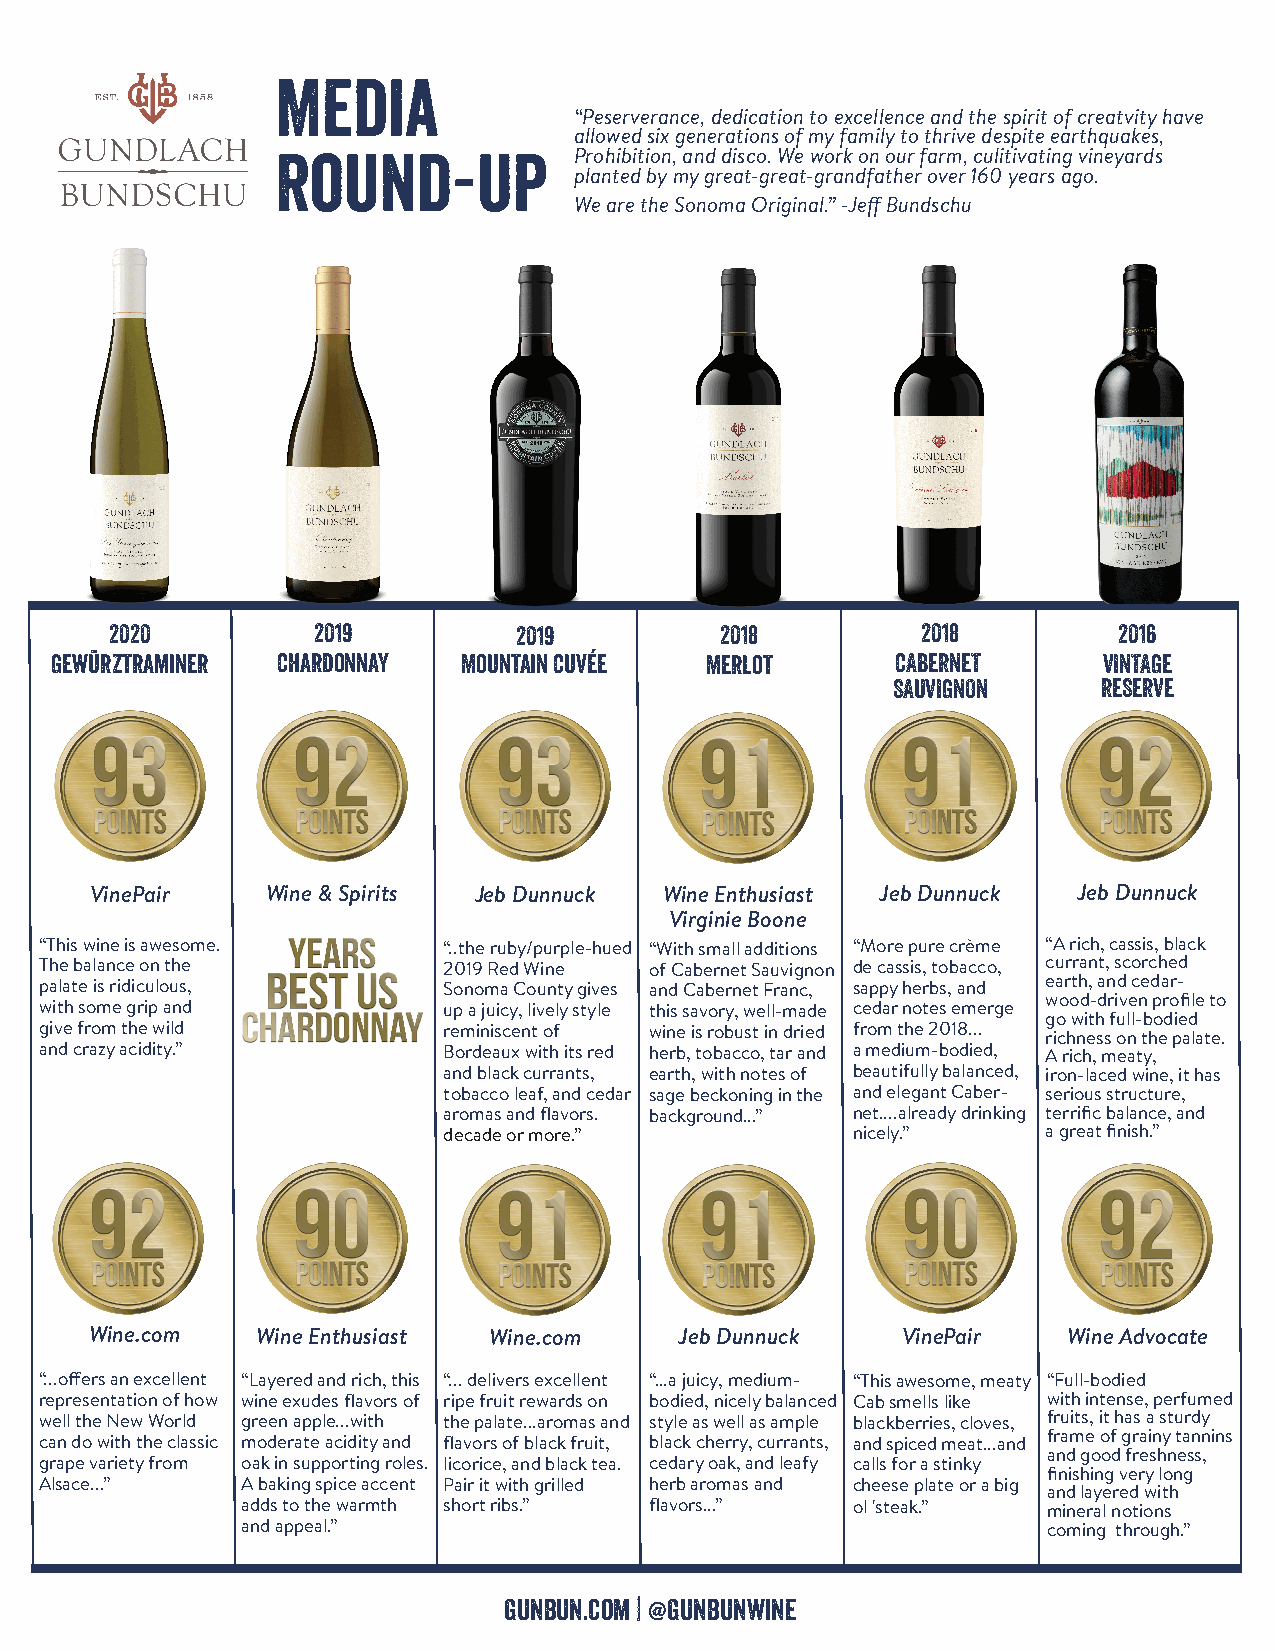
Media
 “Peserverance, dedication to excellence and the spirit of creatvity have
 allowed six generations of my family to thrive despite earthquakes,
 Round-up            Prohibition, and disco. We work on our farm, culitivating vineyards
 planted by my great-great-grandfather over 160 years ago.
 We are the Sonoma Original.” -Jeff Bundschu
 2020          2019         2019          2018         2018         2016
 Gewürztraminer Chardonnay   Mountain Cuvée  Merlot      CABERNET      VINTAGE
 SAUVIGNON     RESERVE
 VinePair    Wine & Spirits Jeb Dunnuck Wine Enthusiast Jeb Dunnuck Jeb Dunnuck
 Virginie Boone
 “This wine is awesome.    “..the ruby/purple-hued “With small additions “More pure crème “A rich, cassis, black
 The balance on the        2019 Red Wine of Cabernet Sauvignon de cassis, tobacco, currant, scorched
 palate is ridiculous,     Sonoma County gives and Cabernet Franc, sappy herbs, and earth, and cedar-
 wood-driven profile to
 with some grip and        up a juicy, lively style this savory, well-made cedar notes emerge
 go with full-bodied
 give from the wild        reminiscent of wine is robust in dried from the 2018... richness on the palate.
 and crazy acidity.”       Bordeaux with its red herb, tobacco, tar and a medium-bodied, A rich, meaty,
 and black currants, earth, with notes of beautifully balanced, iron-laced wine, it has
 tobacco leaf, and cedar sage beckoning in the and elegant Caber- serious structure,
 aromas and flavors. background...” net....already drinking terrific balance, and
 decade or more.”           nicely.”     a great finish.”
 90
 pts
 Wine.com   Wine Enthusiast Wine.com    Jeb Dunnuck    VinePair   Wine Advocate
 “...offers an excellent “Layered and rich, this “... delivers excellent “...a juicy, medium- “This awesome, meaty “Full-bodied
 “Very approachable. representation of how wine exudes flavors of ripe fruit rewards on bodied, nicely balanced Cab smells like with intense, perfumed
 well the New World green apple...with the palate...aromas and style as well as ample blackberries, cloves, fruits, it has a sturdy
 can do with the classic moderate acidity and flavors of black fruit, black cherry, currants, and spiced meat...and frame of grainy tannins
 and good freshness,
 grape variety from oak in supporting roles. licorice, and black tea. cedary oak, and leafy calls for a stinky
 finishing very long
 Alsace...”   A baking spice accent Pair it with grilled herb aromas and cheese plate or a big
 and layered with
 adds to the warmth short ribs.” flavors...” ol 'steak.” mineral notions
 and appeal.”                                         coming through.”
 gunbun.com | @gunbunwine